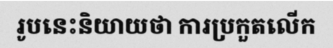
រូបនេះនិយាយថា ការប្រកួតលើក